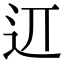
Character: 䢋